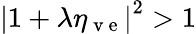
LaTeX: \left|1+\lambda\eta_{\mathrm{~v~e~}}\right|^{2}>1